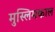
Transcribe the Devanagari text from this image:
मुस्लिमकाल